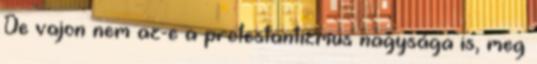
De vajon nem az-e a protestantizmus nagysága is, meg